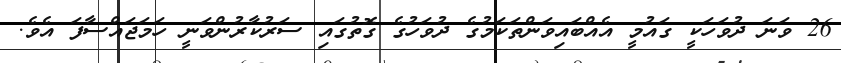
26 ވަނަ ދުވަހަކީ ގައުމީ އެއްބައިވަންތަކަމުގެ ދުވަހުގެ ގޮތުގައި ސަރުކާރުންވަނީ ހަމަޖައްސާފަ އެވެ.